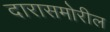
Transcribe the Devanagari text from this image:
दारासमोरील